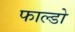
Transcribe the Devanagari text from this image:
फाल्डो